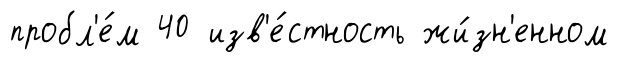
пробл'е́м 40 изв'е́стность жи́зн'енном